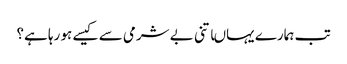
تب ہمارے یہاںاتنی بے شرمی سے کیسے ہو رہا ہے؟